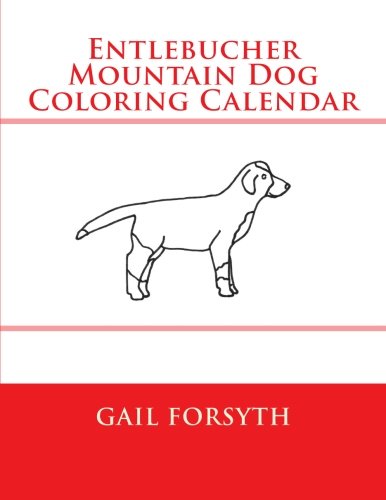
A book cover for Entlebucher Mountain Dog Coloring Calendar; Gail Forsyth; Calendars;